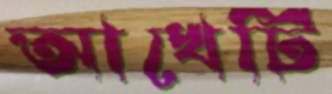
আখেটি